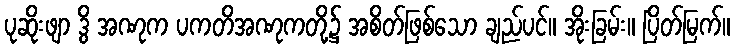
ပုဆိုးဖျာ ဒွိ အဏုက ပကတိအဏုကတို့၌ အစိတ်ဖြစ်သော ချည်ပင်။ အိုးခြမ်း။ ပြိတ်မြက်။